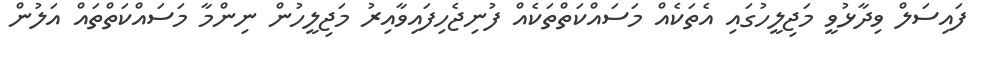
ފައިސަލް ވިދާޅުވީ މަޖިލީހުގައި އެތަކެއް މަސައްކަތްތަކެއް ފުނިޖެހިފައިވާއިރު މަޖިލީހުން ނިންމާ މަސައްކަތްތައް އަލުން